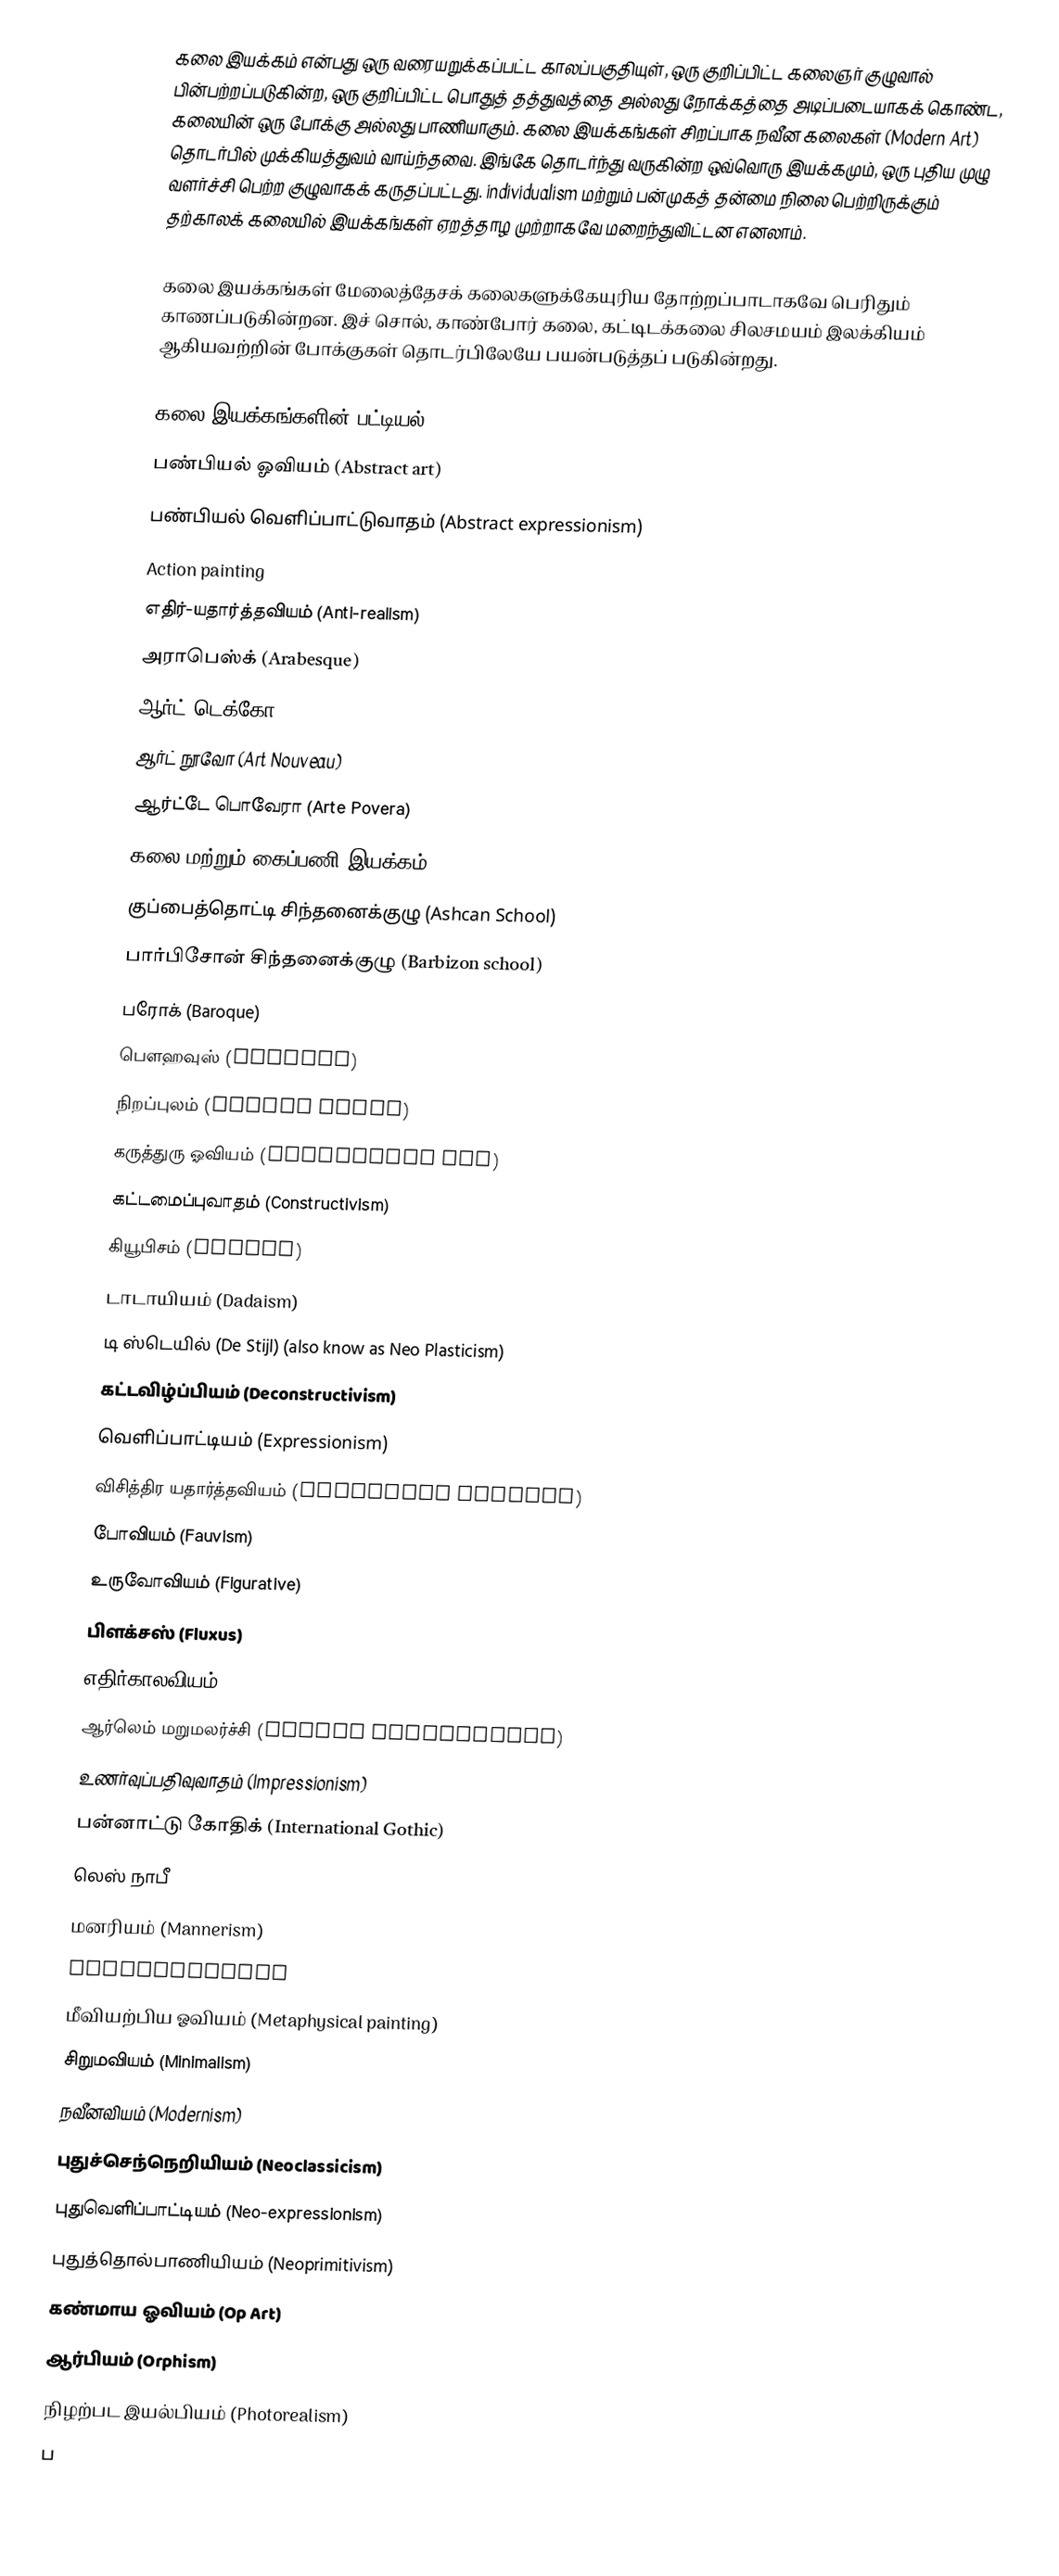
கலை இயக்கம் என்பது ஒரு வரையறுக்கப்பட்ட காலப்பகுதியுள், ஒரு குறிப்பிட்ட கலைஞர் குழுவால் பின்பற்றப்படுகின்ற, ஒரு குறிப்பிட்ட பொதுத் தத்துவத்தை அல்லது நோக்கத்தை அடிப்படையாகக் கொண்ட, கலையின் ஒரு போக்கு அல்லது பாணியாகும். கலை இயக்கங்கள் சிறப்பாக நவீன கலைகள் (Modern Art) தொடர்பில் முக்கியத்துவம் வாய்ந்தவை. இங்கே தொடர்ந்து வருகின்ற ஒவ்வொரு இயக்கமும், ஒரு புதிய முழு வளர்ச்சி பெற்ற குழுவாகக் கருதப்பட்டது. individualism மற்றும் பன்முகத் தன்மை நிலை பெற்றிருக்கும் தற்காலக் கலையில் இயக்கங்கள் ஏறத்தாழ முற்றாகவே மறைந்துவிட்டன எனலாம்.

கலை இயக்கங்கள் மேலைத்தேசக் கலைகளுக்கேயுரிய தோற்றப்பாடாகவே பெரிதும் காணப்படுகின்றன. இச் சொல், காண்போர் கலை, கட்டிடக்கலை சிலசமயம் இலக்கியம் ஆகியவற்றின் போக்குகள் தொடர்பிலேயே பயன்படுத்தப் படுகின்றது.

கலை இயக்கங்களின் பட்டியல்
 பண்பியல் ஓவியம் (Abstract art)
 பண்பியல் வெளிப்பாட்டுவாதம் (Abstract expressionism)
 Action painting
 எதிர்-யதார்த்தவியம் (Anti-realism)
 அராபெஸ்க் (Arabesque)
 ஆர்ட் டெக்கோ
 ஆர்ட் நூவோ (Art Nouveau)
 ஆர்ட்டே பொவேரா (Arte Povera)
 கலை மற்றும் கைப்பணி இயக்கம் (Arts and Crafts Movement)
 குப்பைத்தொட்டி சிந்தனைக்குழு (Ashcan School)
 பார்பிசோன் சிந்தனைக்குழு (Barbizon school)
 பரோக் (Baroque)
 பௌஹவுஸ் (Bauhaus)
 நிறப்புலம் (Colour Field)
 கருத்துரு ஓவியம் (Conceptual art)
 கட்டமைப்புவாதம் (Constructivism)
 கியூபிசம் (Cubism)
 டாடாயியம் (Dadaism)
 டி ஸ்டெயில் (De Stijl) (also know as Neo Plasticism)
 கட்டவிழ்ப்பியம் (Deconstructivism)
 வெளிப்பாட்டியம் (Expressionism)
 விசித்திர யதார்த்தவியம் (Fantastic realism)
 போவியம் (Fauvism)
 உருவோவியம் (Figurative)
 பிளக்சஸ் (Fluxus)
 எதிர்காலவியம்
 ஆர்லெம் மறுமலர்ச்சி (Harlem Renaissance)
 உணர்வுப்பதிவுவாதம் (Impressionism)
 பன்னாட்டு கோதிக் (International Gothic)
 லெஸ் நாபீ
 மனரியம் (Mannerism)
 Massurrealism
 மீவியற்பிய ஓவியம் (Metaphysical painting)
 சிறுமவியம் (Minimalism)
 நவீனவியம் (Modernism)
 புதுச்செந்நெறியியம் (Neoclassicism)
 புதுவெளிப்பாட்டியம் (Neo-expressionism)
 புதுத்தொல்பாணியியம் (Neoprimitivism)
 கண்மாய ஓவியம் (Op Art)
 ஆர்பியம் (Orphism)
 நிழற்பட இயல்பியம் (Photorealism)
 ப